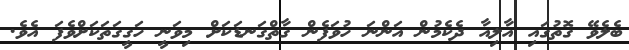
ބެލެވޭ ގޮތުގައި އާލިއާ ދެކެމުން އަންނަ ހުވަފެން ގާތްގަނޑަކަށް މިވަނީ ހަގީގަތަކަށްވެފަ އެވެ.